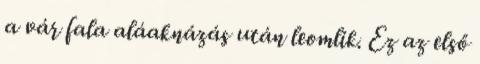
a vár fala aláaknázás után leomlik. Ez az első